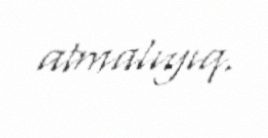
atmalıyıq.